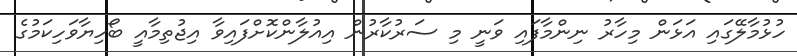
ހުޅުމާލޭގައި އަޅަން މިހާރު ނިންމާފައި ވަނީ މި ސަރުކާރުން އިއުލާންކޮށްފައިވާ އިޖުތިމާއީ ބޯހިޔާވަހިކަމުގެ